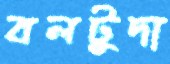
বলটুদা